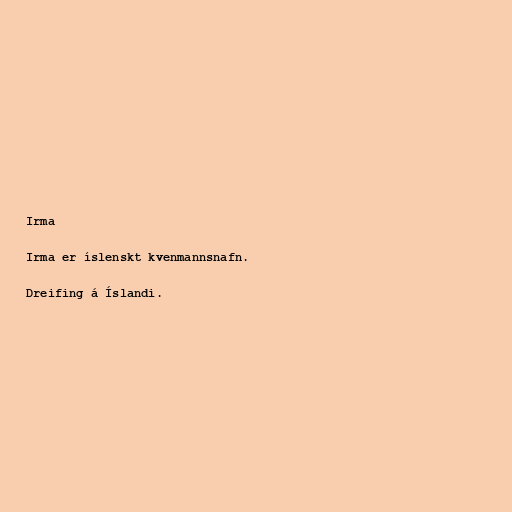
Irma

Irma er íslenskt kvenmannsnafn.

Dreifing á Íslandi.